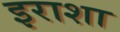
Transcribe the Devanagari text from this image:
इराशा